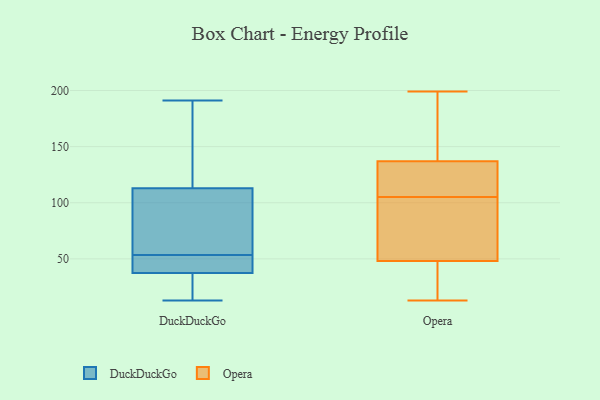
{"axis": {"x": "Website Visitors", "y": "Value"}, "legend": ["DuckDuckGo", "Opera"], "data": [{"x": "", "y": 16, "type": "DuckDuckGo"}, {"x": "", "y": 41, "type": "DuckDuckGo"}, {"x": "", "y": 136, "type": "DuckDuckGo"}, {"x": "", "y": 45, "type": "DuckDuckGo"}, {"x": "", "y": 37, "type": "DuckDuckGo"}, {"x": "", "y": 161, "type": "DuckDuckGo"}, {"x": "", "y": 89, "type": "DuckDuckGo"}, {"x": "", "y": 105, "type": "DuckDuckGo"}, {"x": "", "y": 47, "type": "DuckDuckGo"}, {"x": "", "y": 38, "type": "DuckDuckGo"}, {"x": "", "y": 13, "type": "DuckDuckGo"}, {"x": "", "y": 53, "type": "DuckDuckGo"}, {"x": "", "y": 54, "type": "DuckDuckGo"}, {"x": "", "y": 82, "type": "DuckDuckGo"}, {"x": "", "y": 191, "type": "DuckDuckGo"}, {"x": "", "y": 37, "type": "DuckDuckGo"}, {"x": "", "y": 87, "type": "DuckDuckGo"}, {"x": "", "y": 143, "type": "DuckDuckGo"}, {"x": "", "y": 121, "type": "DuckDuckGo"}, {"x": "", "y": 18, "type": "DuckDuckGo"}, {"x": "", "y": 13, "type": "Opera"}, {"x": "", "y": 92, "type": "Opera"}, {"x": "", "y": 120, "type": "Opera"}, {"x": "", "y": 165, "type": "Opera"}, {"x": "", "y": 76, "type": "Opera"}, {"x": "", "y": 65, "type": "Opera"}, {"x": "", "y": 46, "type": "Opera"}, {"x": "", "y": 199, "type": "Opera"}, {"x": "", "y": 140, "type": "Opera"}, {"x": "", "y": 105, "type": "Opera"}, {"x": "", "y": 184, "type": "Opera"}, {"x": "", "y": 179, "type": "Opera"}, {"x": "", "y": 134, "type": "Opera"}, {"x": "", "y": 41, "type": "Opera"}, {"x": "", "y": 28, "type": "Opera"}, {"x": "", "y": 19, "type": "Opera"}, {"x": "", "y": 50, "type": "Opera"}, {"x": "", "y": 118, "type": "Opera"}, {"x": "", "y": 123, "type": "Opera"}, {"x": "", "y": 105, "type": "Opera"}]}